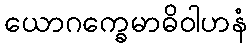
ယောဂက္ခေမာဓိဝါဟနံ